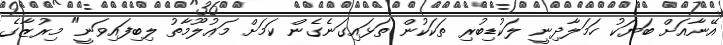
އޭނާއަށް ބަޔަކު ހަމަލާދިނީ ލަކުޑިބުރި ތަކަކުން ތަޅައިގަނެގެން ކަމަށް މަޢުލޫމާތު ލިބިފައިވަނީ" މިރުޒާގެ